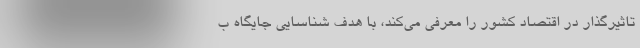
تاثیرگذار در اقتصاد کشور را معرفی می‌کند، با هدف شناسایی جایگاه ب